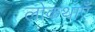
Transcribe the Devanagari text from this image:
लोकथाएँ